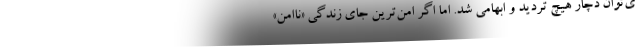
ی‌توان دچار هیچ تردید و ابهامی شد. اما اگر امن‌ترین جای زندگی «ناامن»